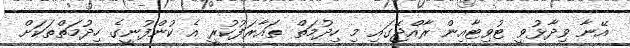
އޭނާ ވިދާޅުވީ ޓުވިޓާއިން ރާއްޖޭގައި މި ހިދުމަތް ތައާރަފުކުރީ އެ ކުންފުނީގެ ހިދުމަތްތަކަށް